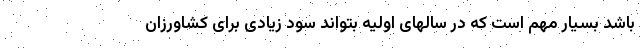
باشد بسیار مهم است که در سالهای اولیه بتواند سود زیادی برای کشاورزان